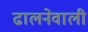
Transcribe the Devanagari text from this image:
ढालनेवाली